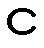
င